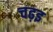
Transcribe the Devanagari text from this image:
चढ़इ